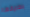
بطريقها